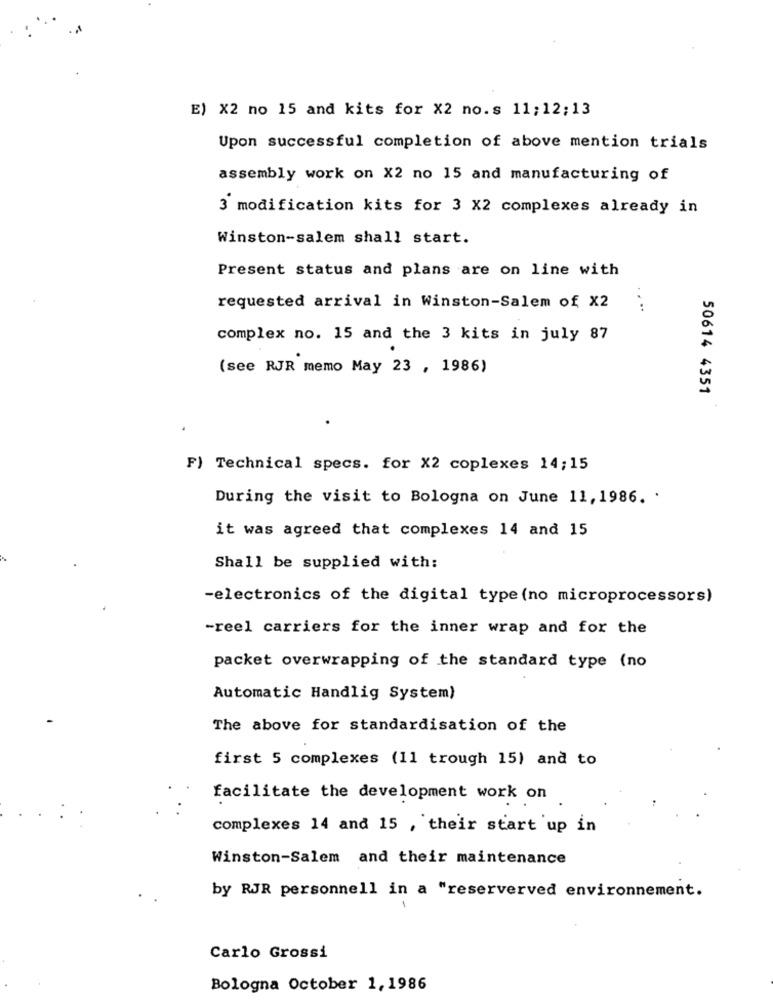
E) X2 no 15 and kits for X2 no.s 11;12;13
Upon successful completion of above mention trials
assembly work on X2 no 15 and manufacturing of
3 modification kits for 3 X2 complexes already in
Winston-salem shall start.
Present status and plans are on line with
requested arrival in Winston-Salem of X2
complex no. 15 and the 3 kits in july 87
(see RJR memo May 23 , 1986)
50614 4351
F) Technical specs. for X2 coplexes 14;15
During the visit to Bologna on June 11, 1986. .
it was agreed that complexes 14 and 15
Shall be supplied with:
-electronics of the digital type (no microprocessors)
-reel carriers for the inner wrap and for the
packet overwrapping of the standard type (no
Automatic Handlig System)
The above for standardisation of the
first 5 complexes (11 trough 15) and to
facilitate the development work on
complexes 14 and 15 , their start up in
Winston-Salem and their maintenance
by RJR personnell in a "reserverved environnement.
Carlo Grossi
Bologna October 1,1986